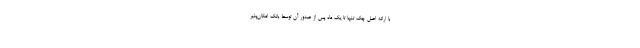
با ارائه اصل چک تنها تا یک ماه پس از صدور آن توسط بانک امکان­پذیر